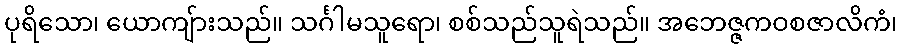
ပုရိသော၊ ယောကျ်ားသည်။ သင်္ဂါမသူရော၊ စစ်သည်သူရဲသည်။ အဘေဇ္ဇကဝစဇာလိကံ၊